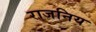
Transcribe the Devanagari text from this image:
राजनिय